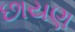
છાયણ